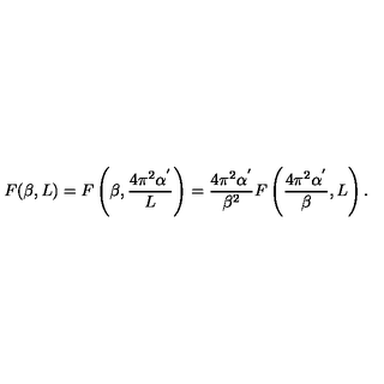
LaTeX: F ( \beta , L ) = F \left( \beta , \frac { 4 \pi ^ { 2 } \alpha ^ { ' } } { L } \right) = \frac { 4 \pi ^ { 2 } \alpha ^ { ' } } { \beta ^ { 2 } } F \left( \frac { 4 \pi ^ { 2 } \alpha ^ { ' } } { \beta } , L \right) .